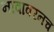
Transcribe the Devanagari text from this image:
नावावरनच